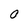
Character: 0